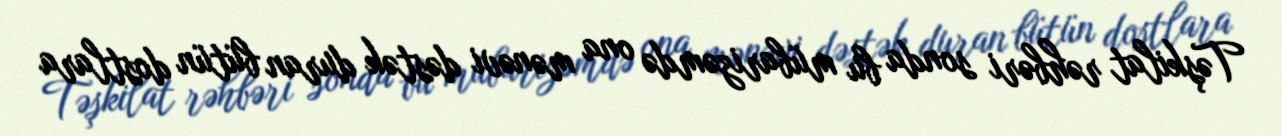
Təşkilat rəhbəri sonda bu mübarizəmdə ona mənəvi dəstək duran bütün dostlara